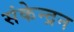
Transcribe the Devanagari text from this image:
संकेन्द्रन